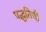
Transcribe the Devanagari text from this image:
पद्धतिची